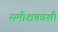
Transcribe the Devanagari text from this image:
समीक्षकाशी